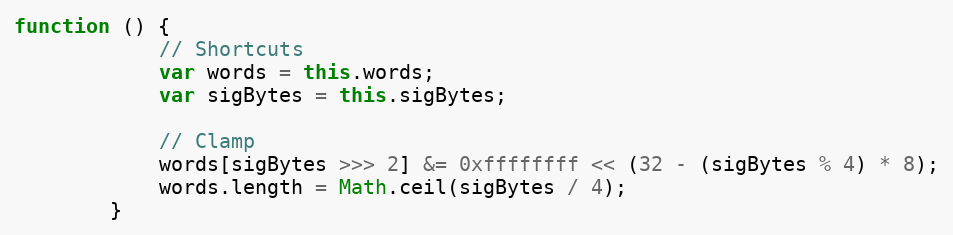
Language: JavaScript
function () {
            // Shortcuts
            var words = this.words;
            var sigBytes = this.sigBytes;

            // Clamp
            words[sigBytes >>> 2] &= 0xffffffff << (32 - (sigBytes % 4) * 8);
            words.length = Math.ceil(sigBytes / 4);
        }